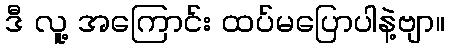
ဒီ လူ့ အကြောင်း ထပ်မပြောပါနဲ့ဗျာ။